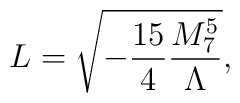
L= \sqrt{ - \frac{15}{4}\frac{M_{7}^5}{\Lambda}},